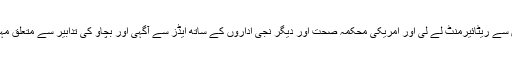
اس لئے اس نے ٹینس سے ریٹائیرمنٹ لے لی اور امریکی محکمہ صحت اور دیگر نجی اداروں کے ساتھ ایڈز سے آگہی اور بچاو کی تدابیر سے متعلق مہمات پر نکل کھڑا ہوا۔